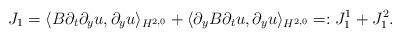
LaTeX: \begin{align*}J_1=\langle B\partial_t\partial_y u, \partial_y u\rangle_{H^{2, 0}}+\langle \partial_y B\partial_t u, \partial_y u\rangle_{H^{2, 0}}=: J_1^1+J_1^2.\end{align*}